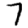
Digit: 7